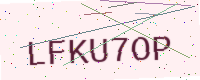
Text: LFKU7OP